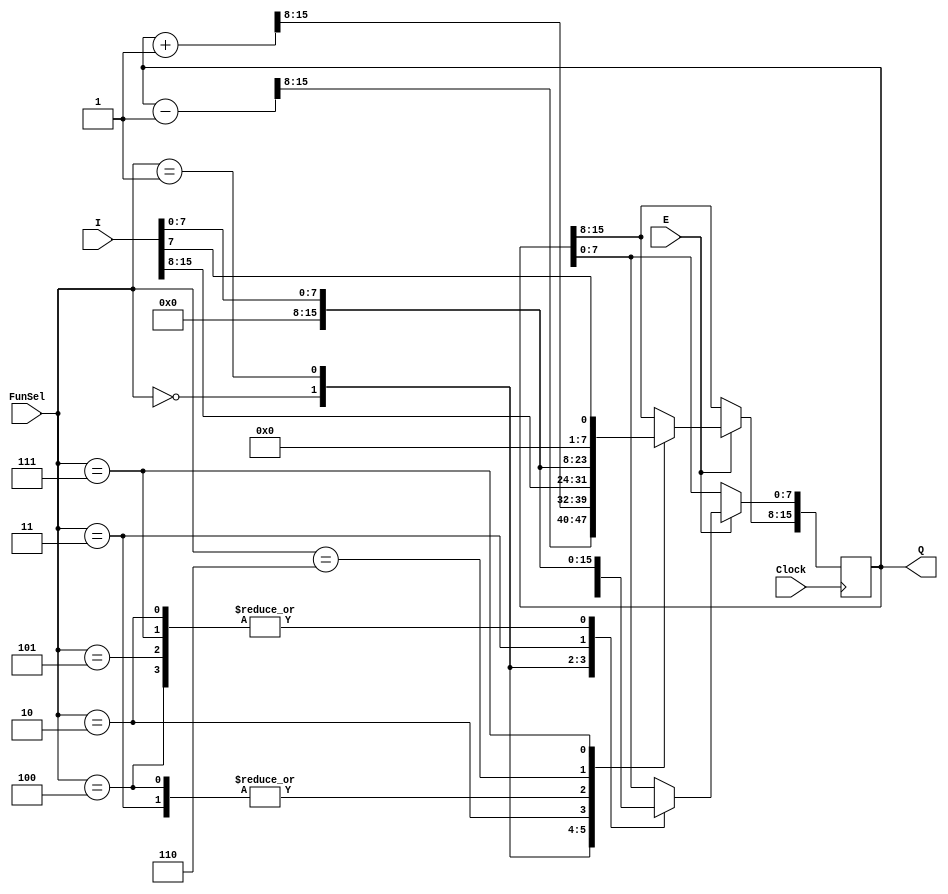
`timescale 1ns / 1ps
///////////////////////////////////////////////////////////
//mer Y?ld?z
//Utku Kadir Somer
///////////////////////////////////////////////////////////
//                        Part 1                         //
///////////////////////////////////////////////////////////

///////////////////////////////////////////////////////////
module Register (Clock, I, FunSel, E, Q);

    input wire [15:0] I;
    input wire [2:0] FunSel;
    input wire E;
    input wire Clock;
    output reg [15:0] Q;
    
    always @(posedge Clock) begin
        if (E) begin
            case (FunSel)
                3'b000 : Q <= Q - {{15{1'b0}},1'b1}; // Decrement
                3'b001 : Q <= Q + {{15{1'b0}},1'b1}; // Increment
                3'b010 : Q <= I[15:0]; // Load
                3'b011 : Q <= {15{1'b0}}; // Clear
                3'b100 : begin
                         Q[15:8] <= {8{1'b0}}; // Write Low
                         Q[7:0] <= I[7:0];
                end
                3'b101 : Q[7:0] <= I[7:0]; // Only Write Low
                3'b110 : Q[15:8] <= I[7:0];  // Only Write High
                3'b111 : begin
                         Q[15:8] <= {{7{1'b0}},I[7]};
                         Q[7:0] <= I[7:0];
                end
                default: Q <= Q; // Retain value
            endcase
        end else begin
            Q <= Q; // If enable is not set, retain the value
        end
    end
endmodule